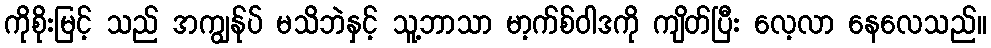
ကိုစိုးမြင့် သည် အကျွန်ုပ် မသိဘဲနှင့် သူ့ဘာသာ မာ့က်စ်ဝါဒကို ကျိတ်ပြီး လေ့လာ နေလေသည်။